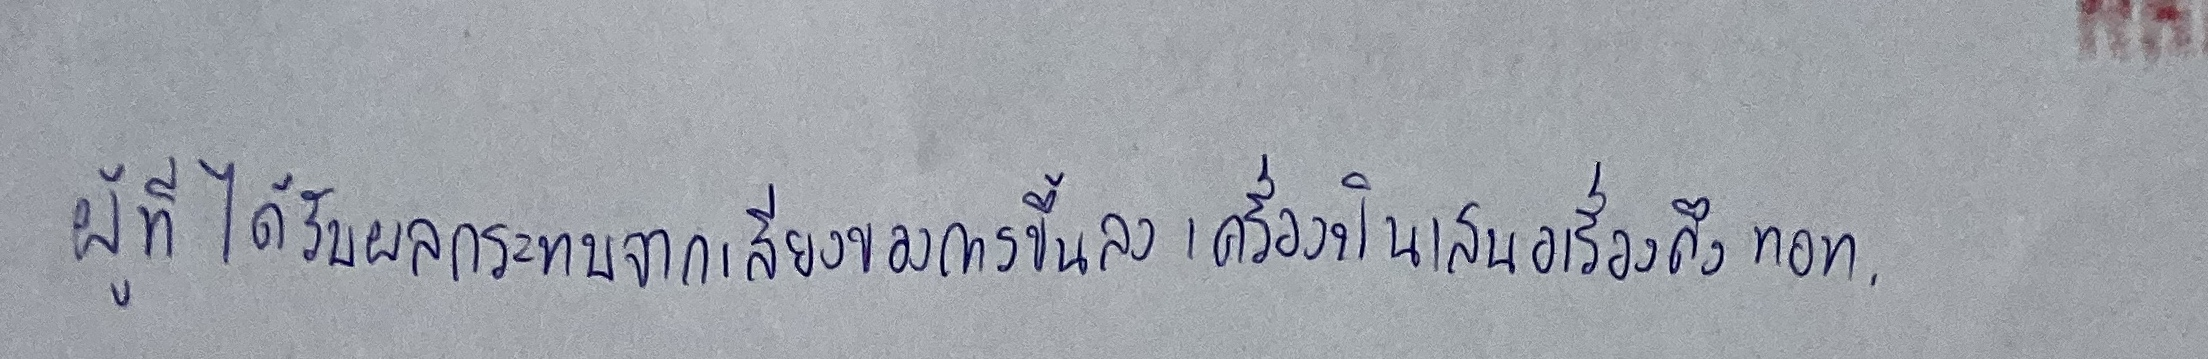
ผู้ที่ได้รับผลกระทบจากเสียงของการขึ้นลงเครื่องบินเสนอเรื่องถึงทอท.